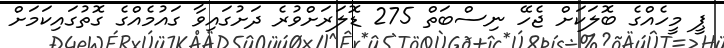
ޕީ މީހެއްގެ ބޮލަކަށް ޖެހޭ ނިސްބަތް 275 ޑޮލަރަށްވުރެ ދަށުގައިވާ ގައުމެއްގެ ގޮތުގައިކަމަށް